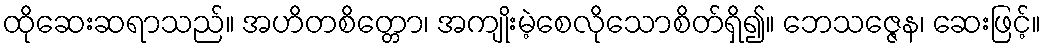
ထိုဆေးဆရာသည်။ အဟိတစိတ္တော၊ အကျိုးမဲ့စေလိုသောစိတ်ရှိ၍။ ဘေသဇ္ဇေန၊ ဆေးဖြင့်။